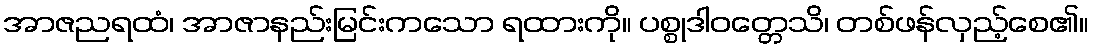
အာဇညရထံ၊ အာဇာနည်းမြင်းကသော ရထားကို။ ပစ္စုဒါဝတ္တေသိ၊ တစ်ဖန်လှည့်စေ၏။